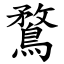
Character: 鶩